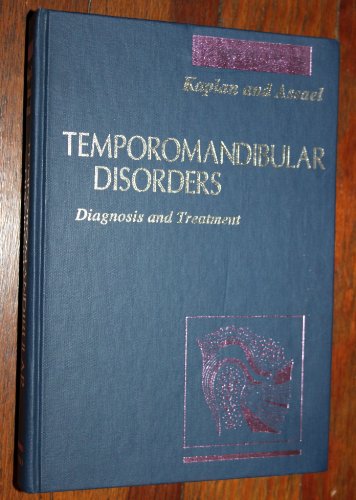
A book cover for Temporomandibular Disorders: Diagnosis & Treatment, 1e; Andrew S. Kaplan DMD  FACD  FICD; Medical Books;